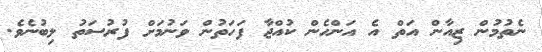
ނެތުމުން ޒިއާން އަތް އެ އަންހެން ކުއްޖާ ފަހަތުން ވަނުމަށް ފުރުސަތު ލިބުނެވެ.